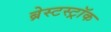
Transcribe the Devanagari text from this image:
ब्रेस्टस्ट्रॉक